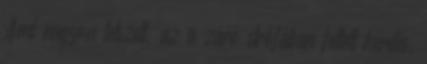
Ami nagyon tetszett, az a záró strófában feltett kérdés,